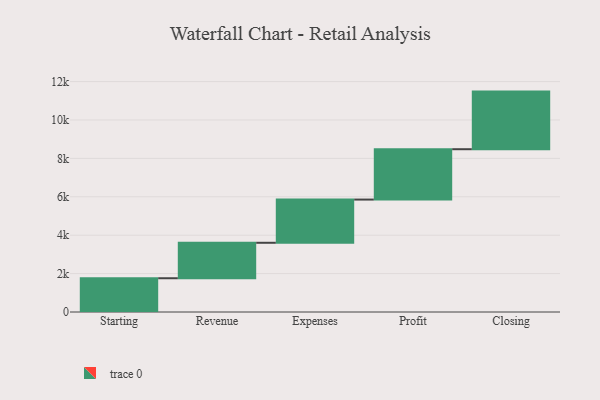
{"axis": {"x": "Step", "y": "Value"}, "legend": [""], "data": [{"x": "Starting", "y": 1758.0, "type": ""}, {"x": "Revenue", "y": 1847.0, "type": ""}, {"x": "Expenses", "y": 2250.0, "type": ""}, {"x": "Profit", "y": 2623.0, "type": ""}, {"x": "Closing", "y": 3000, "type": ""}]}